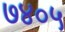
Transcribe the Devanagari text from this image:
७४०५